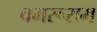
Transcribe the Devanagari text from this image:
चमरूराम